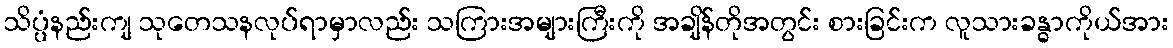
သိပ္ပံနည်းကျ သုတေသနလုပ်ရာမှာလည်း သကြားအများကြီးကို အချိန်တိုအတွင်း စားခြင်းက လူသားခန္ဓာကိုယ်အား